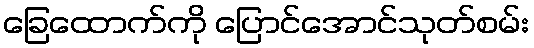
ခြေထောက်ကို ပြောင်အောင်သုတ်စမ်း